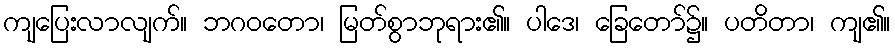
ကျပြေးလာလျက်။ ဘဂဝတော၊ မြတ်စွာဘုရား၏။ ပါဒေ၊ ခြေတော်၌။ ပတိတာ၊ ကျ၏။